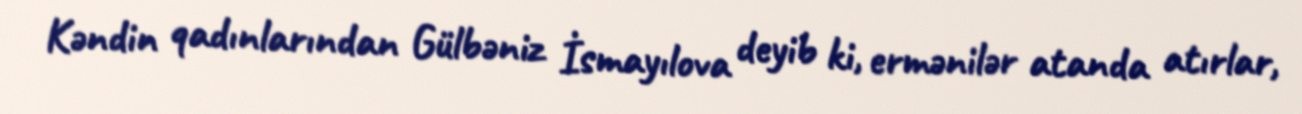
Kəndin qadınlarından Gülbəniz İsmayılova deyib ki, ermənilər atanda atırlar,